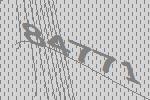
84771